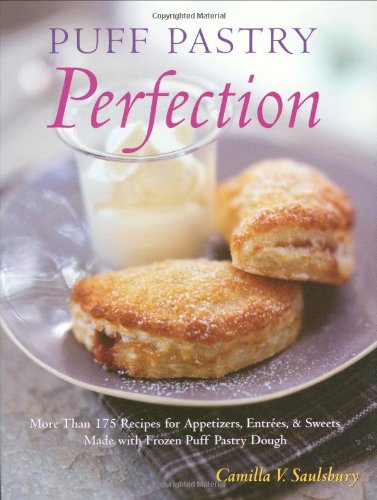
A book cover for Puff Pastry Perfection: More Than 175 Recipes for Appetizers, Entrees, & Sweets Made with Frozen Puff Pastry Dough; Camilla V. Saulsbury; Cookbooks, Food & Wine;